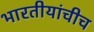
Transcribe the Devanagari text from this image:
भारतीयांचीच